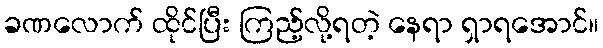
ခဏလောက် ထိုင်ပြီး ကြည့်လို့ရတဲ့ နေရာ ရှာရအောင်။